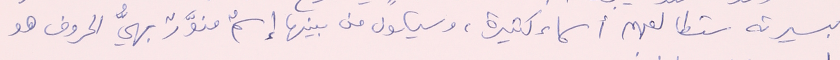
بسيرته ستطالعهم أسماء كثيرة، وسيكون من بينها إسمٌ منوَّرٌ بهيُّ الحروف هو